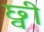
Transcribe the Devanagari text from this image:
छ्वी